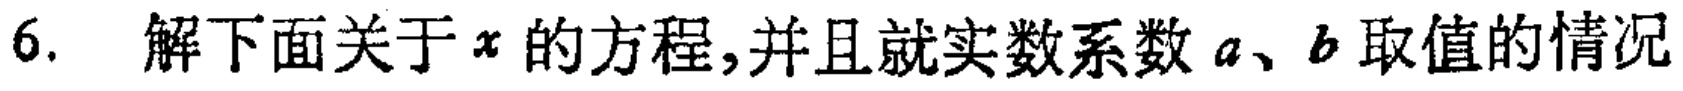
6. 解下面关于\(x\)的方程,并且就实数系数\(a、b\)取值的情况